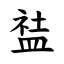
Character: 䀅